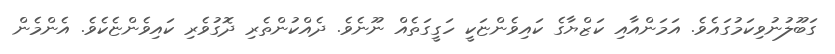
ގަބޫލުނުވިކަމުގައެވެ. އަމަންއާއި ކަޒްޔާގެ ކައިވެންޏަކީ ހަގީގަތެއް ނޫނެވެ. ދެއްކުންތެރި ދޮގުވެރި ކައިވެންޏެކެވެ. އެންމެން